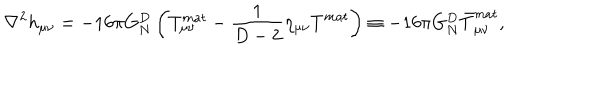
\nabla ^ { 2 } h _ { \mu \nu } = - 1 6 \pi G _ { N } ^ { D } \left( T _ { \mu \nu } ^ { m a t } - { \frac { 1 } { D - 2 } } \eta _ { \mu \nu } T ^ { m a t } \right) \equiv - 1 6 \pi G _ { N } ^ { D } \bar { T } _ { \mu \nu } ^ { m a t } ,